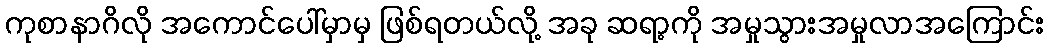
ကုစာနာဂိလို အကောင်ပေါ်မှာမှ ဖြစ်ရတယ်လို့ အခု ဆရာ့ကို အမှုသွားအမှုလာအကြောင်း